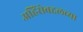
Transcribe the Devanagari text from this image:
अहिंसेबद्दलच्या